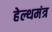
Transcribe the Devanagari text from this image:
हेल्थमंत्र